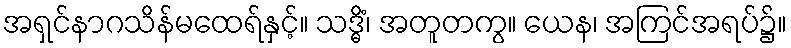
အရှင်နာဂသိန်မထေရ်နှင့်။ သဒ္ဓိံ၊ အတူတကွ။ ယေန၊ အကြင်အရပ်၌။